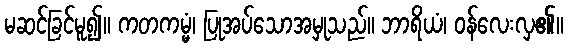
မဆင်ခြင်မူ၍။ ကတကမ္မံ၊ ပြုအပ်သောအမှုသည်။ ဘာရိယံ၊ ဝန်လေးလှ၏။